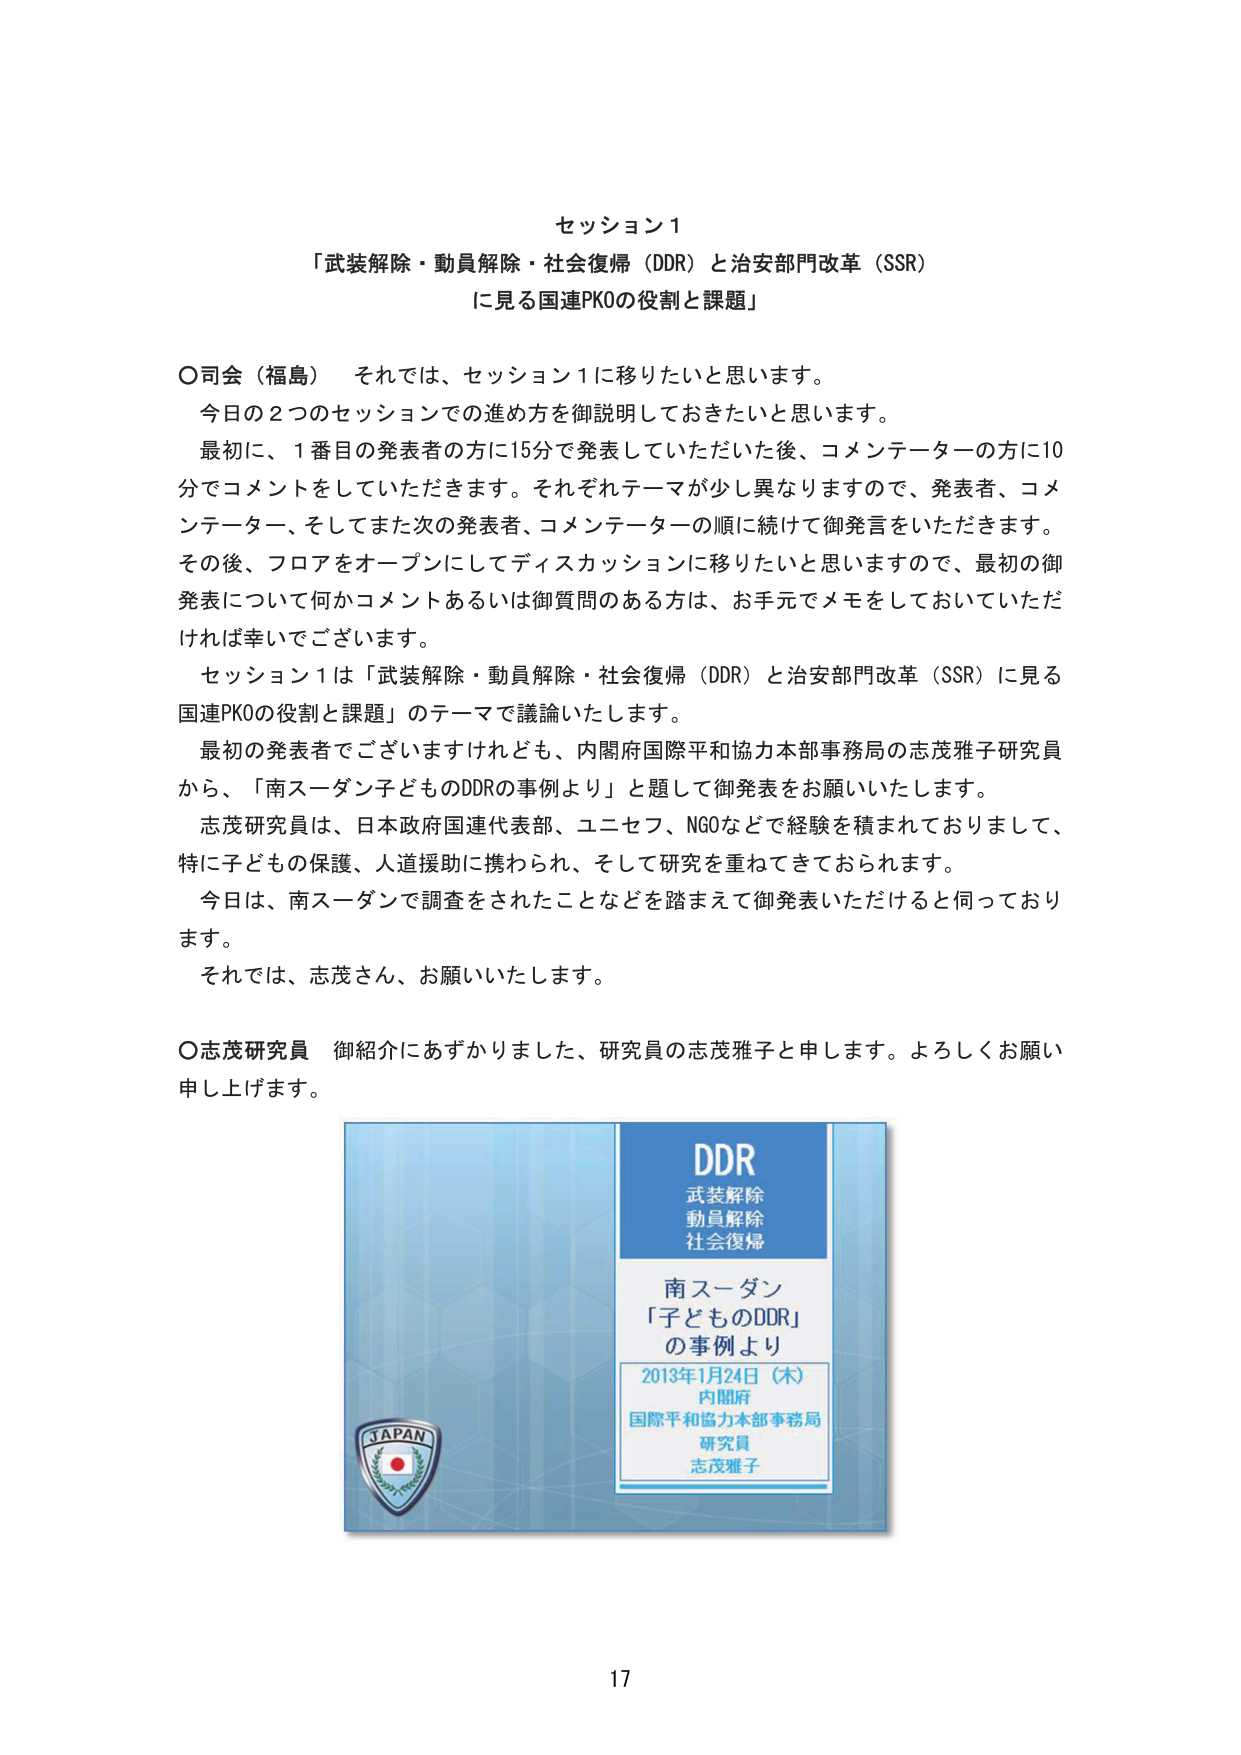
セッション1
「武装解除・動員解除・社会復帰（DDR）と治安部門改革（SSR）
に見る国連PKOの役割と課題」

○司会（福島） それでは、セッション1に移りたいと思います。
今日の2つのセッションでの進め方を御説明しておきたいと思います。
最初に、1番目の発表者の方に15分で発表していただいた後、コメンテーターの方に10
分でコメントをしていただきます。それぞれテーマが少し異なりますので、発表者、コメ
ンテーター、そしてまた次の発表者、コメンテーターの順に続けて御発言をいただきます。
その後、フロアをオープンにしてディスカッションに移りたいと思いますので、最初の御
発表について何かコメントあるいは御質問のある方は、お手元でメモをしておいていただ
ければ幸いでございます。
セッション1は「武装解除・動員解除・社会復帰（DDR）と治安部門改革（SSR）に見る
国連PKOの役割と課題」のテーマで議論いたします。
最初の発表者でございますけれども、内閣府国際平和協力本部事務局の志茂雅子研究員
から、「南スーダン子どものDDRの事例より」と題して御発表をお願いいたします。
志茂研究員は、日本政府国連代表部、ユニセフ、NGOなどで経験を積まれておりまして、
特に子どもの保護、人道援助に携わられ、そして研究を重ねてきておられます。
今日は、南スーダンで調査をされたことなどを踏まえて御発表いただけると伺っており
ます。
それでは、志茂さん、お願いいたします。

○志茂研究員 御紹介にあずかりました、研究員の志茂雅子と申します。よろしくお願い
申し上げます。

DDR
武装解除
動員解除
社会復帰

南スーダン
「子どものDDR」
の事例より

2013年1月24日（木）
内閣府
国際平和協力本部事務局
研究員
志茂雅子

JAPAN

17